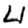
Digit: 4